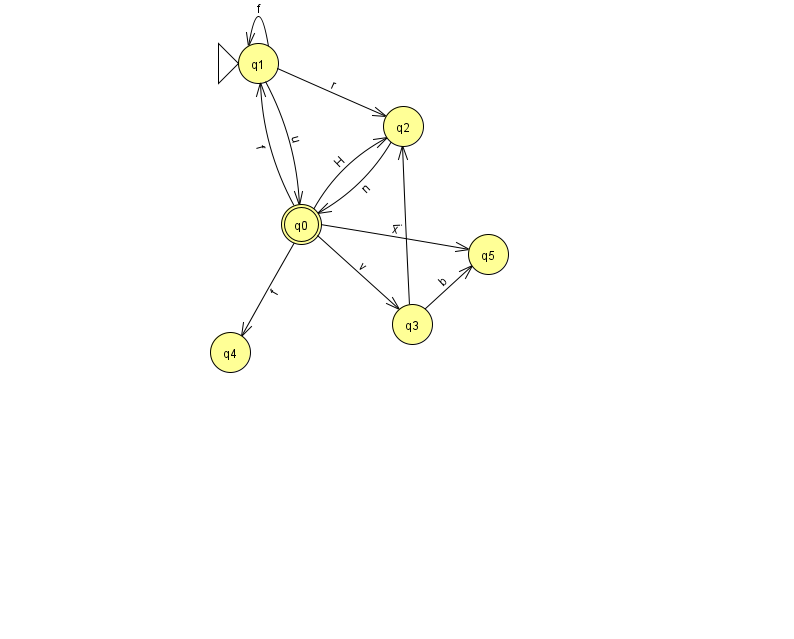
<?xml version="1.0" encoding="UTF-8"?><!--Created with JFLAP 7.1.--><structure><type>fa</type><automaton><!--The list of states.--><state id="0" name="q0"><x>301.0</x><y>211.0</y><final/></state><state id="1" name="q1"><x>258.0</x><y>50.0</y><initial/></state><state id="2" name="q2"><x>403.0</x><y>113.0</y></state><state id="3" name="q3"><x>412.0</x><y>311.0</y></state><state id="4" name="q4"><x>230.0</x><y>339.0</y></state><state id="5" name="q5"><x>488.0</x><y>241.0</y></state><!--The list of transitions.--><transition><from>3</from><to>5</to><read>b</read></transition><transition><from>0</from><to>3</to><read>v</read></transition><transition><from>1</from><to>0</to><read>u</read></transition><transition><from>0</from><to>1</to><read>f</read></transition><transition><from>1</from><to>1</to><read>f</read></transition><transition><from>1</from><to>2</to><read>r</read></transition><transition><from>0</from><to>5</to><read>x</read></transition><transition><from>2</from><to>0</to><read>n</read></transition><transition><from>0</from><to>2</to><read>H</read></transition><transition><from>3</from><to>2</to><read>i</read></transition><transition><from>0</from><to>4</to><read>f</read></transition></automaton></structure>